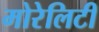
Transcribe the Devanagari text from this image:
मोरेलिटी